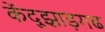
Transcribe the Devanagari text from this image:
केंदुझाड़गढ